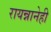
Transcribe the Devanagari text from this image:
रायन्नानेही